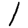
Digit: 1